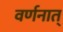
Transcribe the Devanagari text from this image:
वर्णनात्